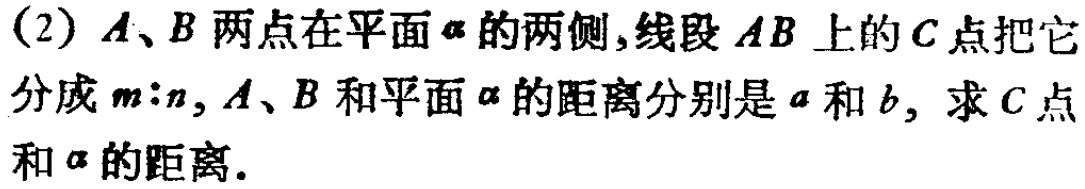
(2) \(A、B\) 两点在平面 \(\alpha\) 的两侧,线段 \(AB\) 上的 \(C\) 点把它分成 \(m:n\), \(A、B\) 和平面 \(\alpha\) 的距离分别是 \(a\) 和 \(b\), 求 \(C\) 点和 \(\alpha\) 的距离.